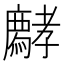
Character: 𡦱